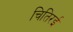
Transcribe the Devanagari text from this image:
चितिरई